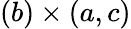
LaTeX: (b)\times(a,c)